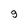
Character: g